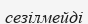
сезілмейді